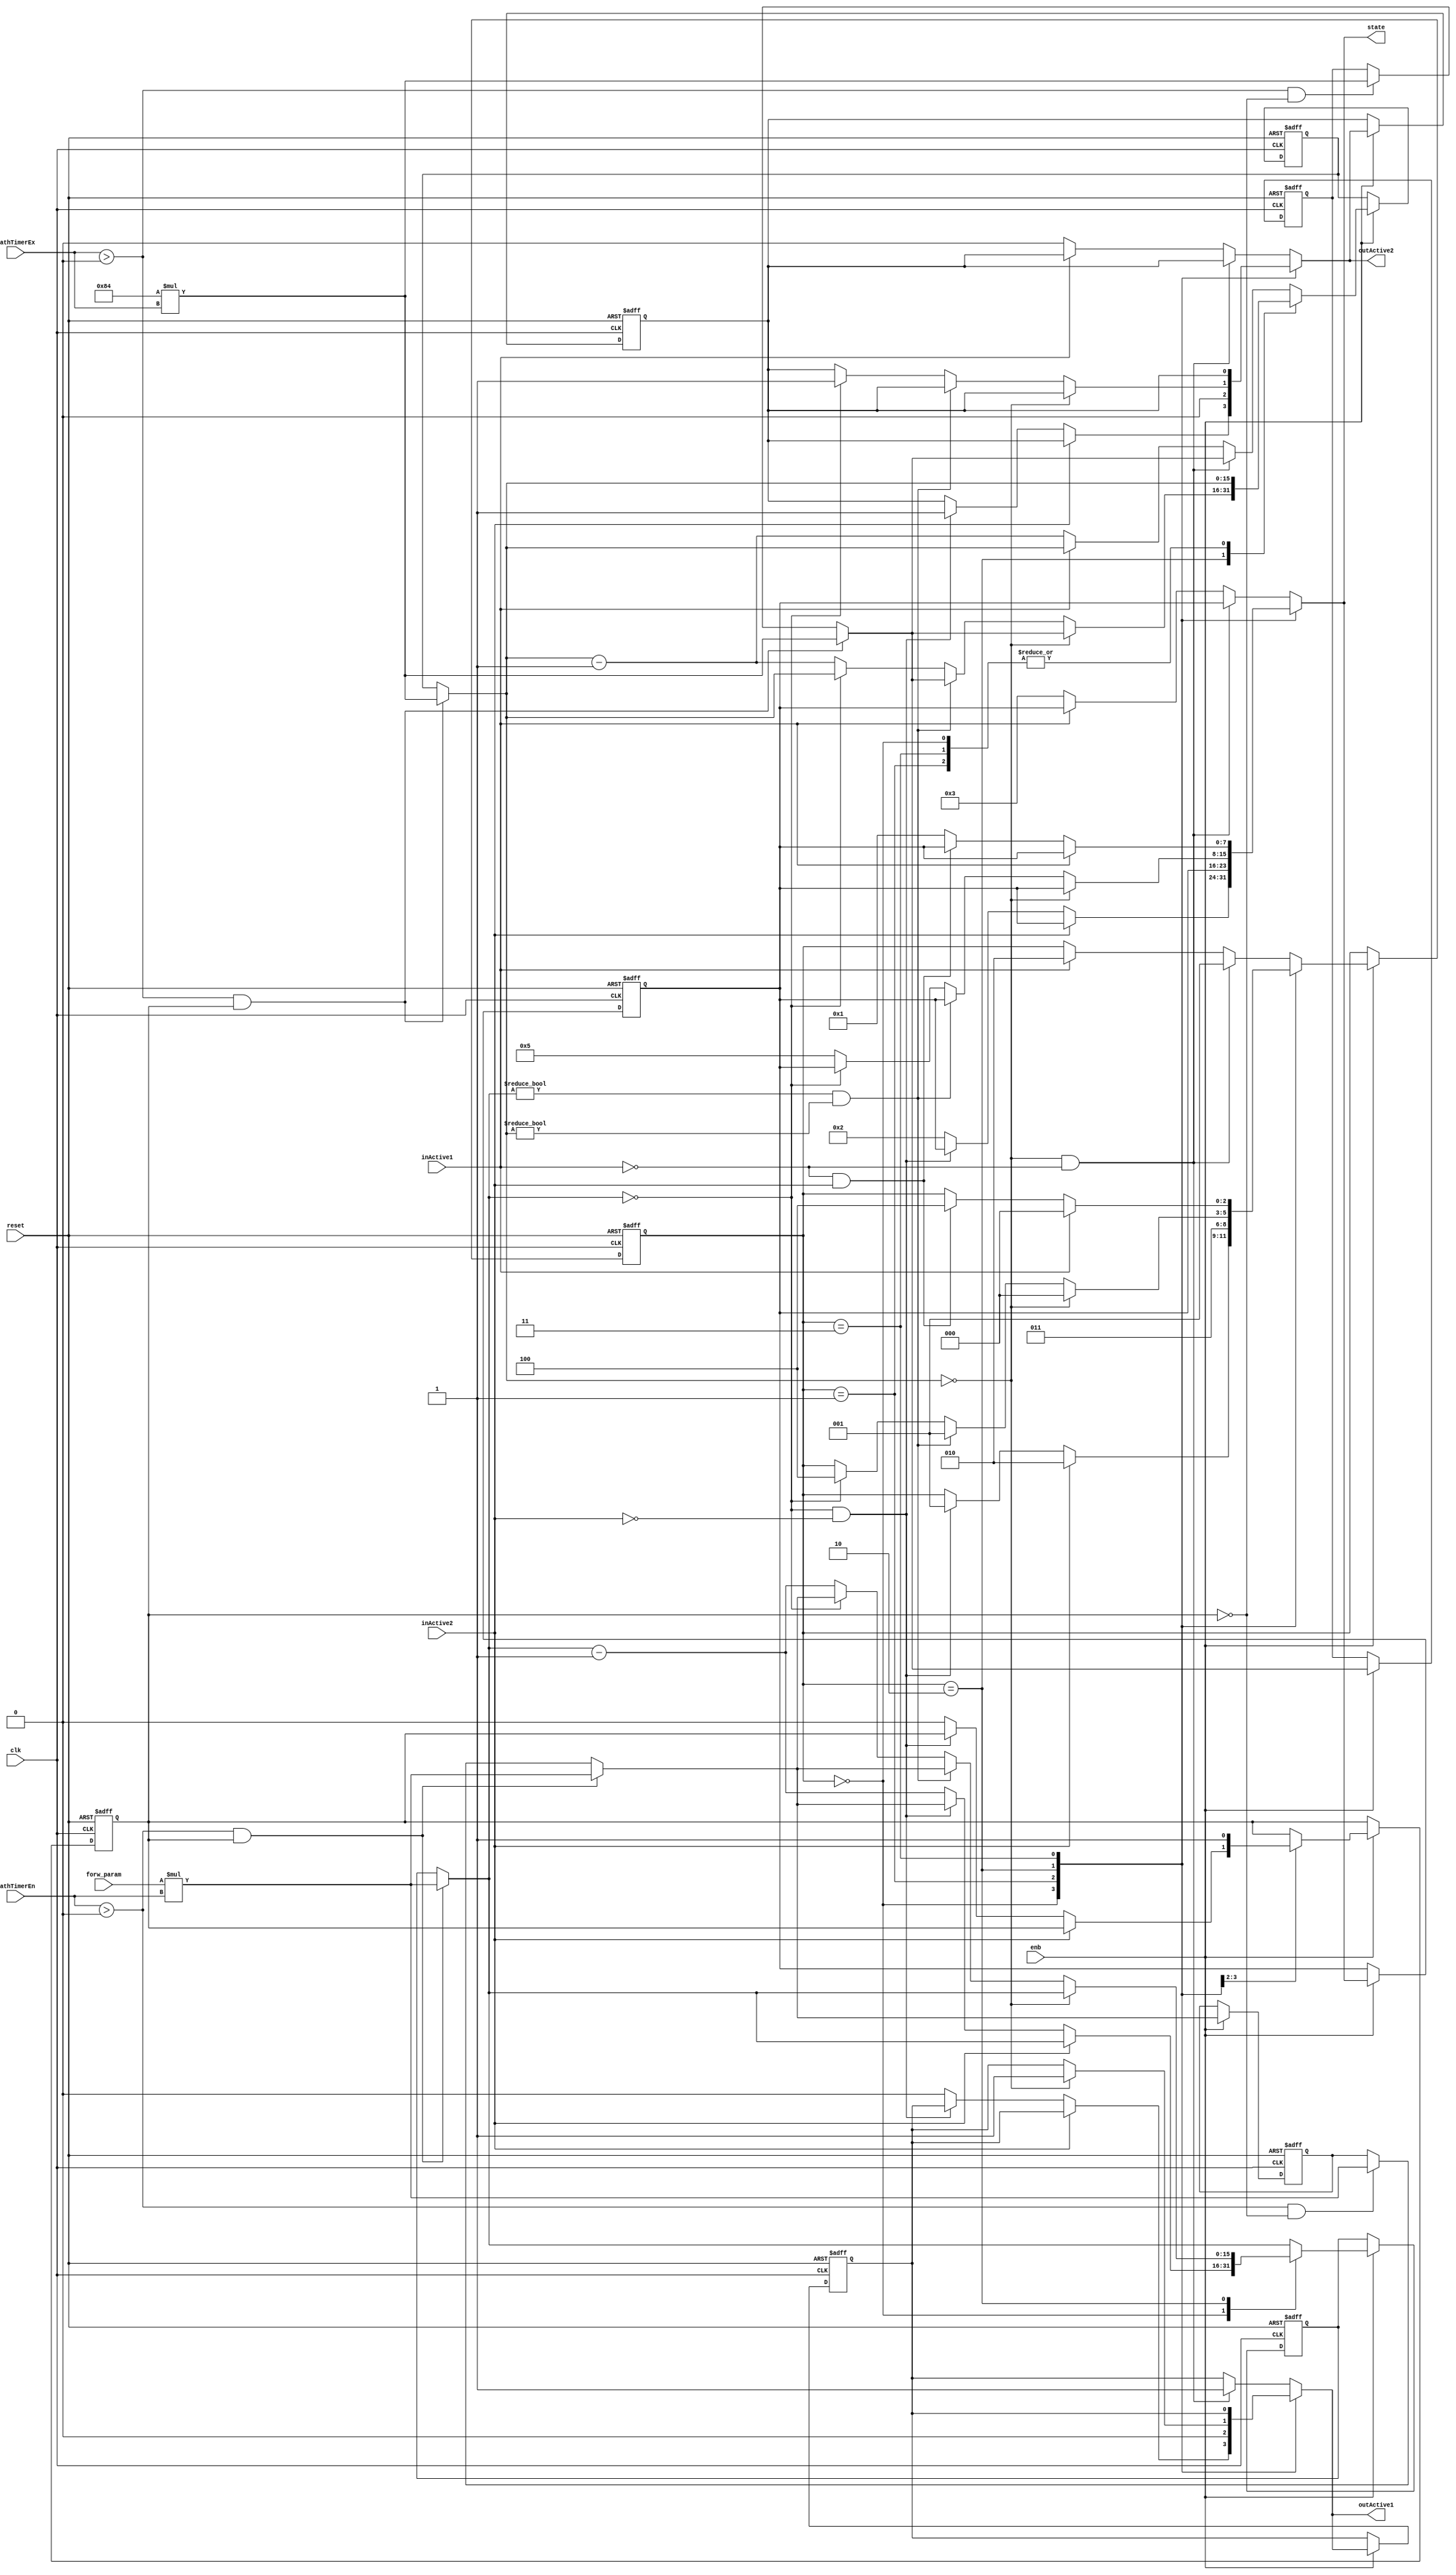
// -------------------------------------------------------------
// 
// 
// Generated by MATLAB 9.0 and HDL Coder 3.8
// 
// -------------------------------------------------------------


// -------------------------------------------------------------
// 
// Module: path_aut
// Source Path: case2mod_new/PA1_1to2/path_aut
// Hierarchy Level: 2
// 
// -------------------------------------------------------------

`timescale 1 ns / 1 ns

module path_aut
          (
           clk,
           reset,
           enb,
           inActive1,
           inActive2,
           forw_param,
           pathTimerEn,
           pathTimerEx,
           outActive1,
           outActive2,
           state
          );


  input   clk;
  input   reset;
  input   enb;
  input   inActive1;
  input   inActive2;
  input   [15:0] forw_param;  // uint16
  input   [15:0] pathTimerEn;  // uint16
  input   [15:0] pathTimerEx;  // uint16
  output  outActive1;
  output  outActive2;
  output  [7:0] state;  // uint8

  parameter [15:0] bck_param = 132;  // uint16
  parameter is_PathAutomaton_IN_AntegradeConduction = 3'd0, is_PathAutomaton_IN_Conflict = 3'd1, is_PathAutomaton_IN_Double = 3'd2, is_PathAutomaton_IN_Idle = 3'd3, is_PathAutomaton_IN_RetrogradeConduction = 3'd4;

  reg [2:0] is_PathAutomaton;  // uint8
  reg [15:0] forw_timer_cur;  // uint16
  reg [15:0] bck_timer_cur;  // uint16
  reg [15:0] bck_timer_def;  // uint16
  reg [15:0] forw_timer_def;  // uint16
  reg  idle_st;
  reg  outActive1_reg;
  reg  outActive2_reg;
  reg [7:0] state_reg;  // uint8
  reg [2:0] is_PathAutomaton_next;  // enum type is_PathAutomaton (5 enums)
  reg [15:0] forw_timer_cur_next;  // uint16
  reg [15:0] bck_timer_cur_next;  // uint16
  reg [15:0] bck_timer_def_next;  // uint16
  reg [15:0] forw_timer_def_next;  // uint16
  reg  idle_st_next;
  reg  outActive1_reg_next;
  reg  outActive2_reg_next;
  reg [7:0] state_reg_next;  // uint8
  reg [15:0] forw_timer_cur_temp;  // uint16
  reg [15:0] bck_timer_cur_temp;  // uint16
  reg [15:0] bck_timer_def_temp;  // uint16
  reg [15:0] forw_timer_def_temp;  // uint16
  reg [31:0] mul_temp;  // ufix32
  reg signed [31:0] cast;  // sfix32
  reg [31:0] mul_temp_0;  // ufix32
  reg signed [31:0] cast_0;  // sfix32
  reg [31:0] mul_temp_1;  // ufix32
  reg [31:0] mul_temp_2;  // ufix32


  always @(posedge clk or posedge reset)
    begin : SimpleModeling_c5_syHRalblCJibqLyxg4M5rt_path_aut_process
      if (reset == 1'b1) begin
        forw_timer_cur <= 16'd0;
        bck_timer_cur <= 16'd0;
        bck_timer_def <= 16'd0;
        forw_timer_def <= 16'd0;
        state_reg <= 8'd0;
        outActive1_reg <= 1'b0;
        outActive2_reg <= 1'b0;
        is_PathAutomaton <= is_PathAutomaton_IN_Idle;
        idle_st <= 1'b1;
      end
      else begin
        if (enb) begin
          is_PathAutomaton <= is_PathAutomaton_next;
          forw_timer_cur <= forw_timer_cur_next;
          bck_timer_cur <= bck_timer_cur_next;
          bck_timer_def <= bck_timer_def_next;
          forw_timer_def <= forw_timer_def_next;
          idle_st <= idle_st_next;
          outActive1_reg <= outActive1_reg_next;
          outActive2_reg <= outActive2_reg_next;
          state_reg <= state_reg_next;
        end
      end
    end

  always @(is_PathAutomaton, forw_timer_cur, bck_timer_cur, inActive1, inActive2,
       bck_timer_def, forw_timer_def, forw_param, idle_st, pathTimerEn,
       pathTimerEx, outActive1_reg, outActive2_reg, state_reg) begin
    forw_timer_cur_temp = forw_timer_cur;
    bck_timer_cur_temp = bck_timer_cur;
    bck_timer_def_temp = bck_timer_def;
    forw_timer_def_temp = forw_timer_def;
    outActive1_reg_next = outActive1_reg;
    outActive2_reg_next = outActive2_reg;
    state_reg_next = state_reg;
    is_PathAutomaton_next = is_PathAutomaton;
    idle_st_next = idle_st;
    if ((pathTimerEn > 16'b0000000000000000) && idle_st) begin
      mul_temp = forw_param * pathTimerEn;
      cast = mul_temp;
      forw_timer_def_temp = cast[15:0];
      forw_timer_cur_temp = forw_timer_def_temp;
    end
    else if ((pathTimerEn > 16'b0000000000000000) &&  ! idle_st) begin
      mul_temp_0 = forw_param * pathTimerEn;
      cast_0 = mul_temp_0;
      forw_timer_def_temp = cast_0[15:0];
    end
    if ((pathTimerEx > 16'b0000000000000000) && idle_st) begin
      mul_temp_1 = bck_param * pathTimerEx;
      bck_timer_def_temp = mul_temp_1[15:0];
      bck_timer_cur_temp = bck_timer_def_temp;
    end
    else if ((pathTimerEx > 16'b0000000000000000) &&  ! idle_st) begin
      mul_temp_2 = bck_param * pathTimerEx;
      bck_timer_def_temp = mul_temp_2[15:0];
    end
    case ( is_PathAutomaton)
      is_PathAutomaton_IN_AntegradeConduction :
        begin
          if (inActive2) begin
            is_PathAutomaton_next = is_PathAutomaton_IN_Double;
          end
          else if ((forw_timer_cur_temp == 16'b0000000000000000) &&  ! inActive2) begin
            forw_timer_cur_temp = forw_timer_def_temp;
            outActive2_reg_next = 1'b1;
            is_PathAutomaton_next = is_PathAutomaton_IN_Conflict;
          end
          else begin
            forw_timer_cur_temp = forw_timer_cur_temp - 16'd1;
            outActive1_reg_next = 1'b0;
            idle_st_next = 1'b0;
            state_reg_next = 8'd2;
          end
        end
      is_PathAutomaton_IN_Conflict :
        begin
          outActive2_reg_next = 1'b0;
          outActive1_reg_next = 1'b0;
          is_PathAutomaton_next = is_PathAutomaton_IN_Idle;
          idle_st_next = 1'b1;
        end
      is_PathAutomaton_IN_Double :
        begin
          if (bck_timer_cur_temp == 16'b0000000000000000) begin
            bck_timer_cur_temp = bck_timer_def_temp;
            outActive1_reg_next = 1'b1;
            is_PathAutomaton_next = is_PathAutomaton_IN_AntegradeConduction;
          end
          else if ((forw_timer_cur_temp != 16'b0000000000000000) && (bck_timer_cur_temp != 16'b0000000000000000)) begin
            forw_timer_cur_temp = forw_timer_def_temp;
            bck_timer_cur_temp = bck_timer_def_temp;
            is_PathAutomaton_next = is_PathAutomaton_IN_Conflict;
          end
          else if (forw_timer_cur_temp == 16'b0000000000000000) begin
            forw_timer_cur_temp = forw_timer_def_temp;
            outActive2_reg_next = 1'b1;
            is_PathAutomaton_next = is_PathAutomaton_IN_RetrogradeConduction;
          end
          else begin
            forw_timer_cur_temp = forw_timer_cur_temp - 16'b0000000000000001;
            bck_timer_cur_temp = bck_timer_cur_temp - 16'b0000000000000001;
            state_reg_next = 8'd5;
          end
        end
      is_PathAutomaton_IN_Idle :
        begin
          if (inActive1) begin
            is_PathAutomaton_next = is_PathAutomaton_IN_AntegradeConduction;
          end
          else if (( ! inActive1) && inActive2) begin
            is_PathAutomaton_next = is_PathAutomaton_IN_RetrogradeConduction;
          end
          else begin
            state_reg_next = 8'd1;
          end
        end
      default :
        begin
          if ((bck_timer_cur_temp == 16'b0000000000000000) &&  ! inActive1) begin
            bck_timer_cur_temp = bck_timer_def_temp;
            outActive1_reg_next = 1'b1;
            is_PathAutomaton_next = is_PathAutomaton_IN_Conflict;
          end
          else if (inActive1) begin
            is_PathAutomaton_next = is_PathAutomaton_IN_Double;
          end
          else begin
            bck_timer_cur_temp = bck_timer_cur_temp - 16'd1;
            outActive2_reg_next = 1'b0;
            state_reg_next = 8'd3;
          end
        end
    endcase
    forw_timer_cur_next = forw_timer_cur_temp;
    bck_timer_cur_next = bck_timer_cur_temp;
    bck_timer_def_next = bck_timer_def_temp;
    forw_timer_def_next = forw_timer_def_temp;
  end

  assign outActive1 = outActive1_reg_next;
  assign outActive2 = outActive2_reg_next;
  assign state = state_reg_next;



endmodule  // path_aut